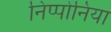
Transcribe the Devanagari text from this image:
निप्पोनिया